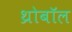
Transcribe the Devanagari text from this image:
थ्रोबॉल